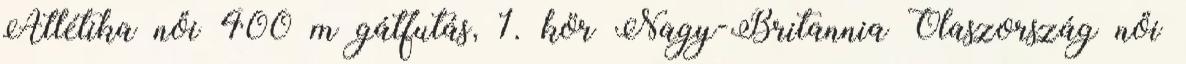
Atlétika női 400 m gátfutás, 1. kör Nagy-Britannia–Olaszország női